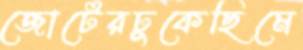
জোটেরঢুকেছিমে